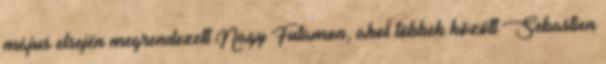
május elsején megrendezett Nagy Futamon, ahol többek között Sebastien